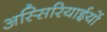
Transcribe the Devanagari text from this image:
अस्सिरियाईयों